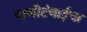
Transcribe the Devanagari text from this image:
पाणीटंचाईचा